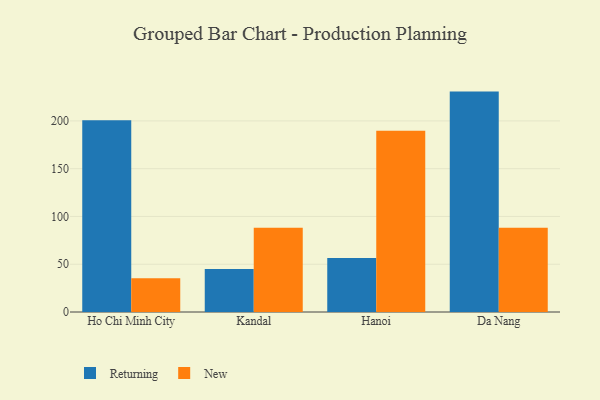
{"axis": {"x": "City", "y": "Headcount"}, "legend": ["New", "Returning"], "data": [{"x": "Ho Chi Minh City", "y": 200.6, "type": "Returning"}, {"x": "Ho Chi Minh City", "y": 35.2, "type": "New"}, {"x": "Kandal", "y": 44.9, "type": "Returning"}, {"x": "Kandal", "y": 88.3, "type": "New"}, {"x": "Hanoi", "y": 56.5, "type": "Returning"}, {"x": "Hanoi", "y": 189.7, "type": "New"}, {"x": "Da Nang", "y": 230.7, "type": "Returning"}, {"x": "Da Nang", "y": 88.1, "type": "New"}]}